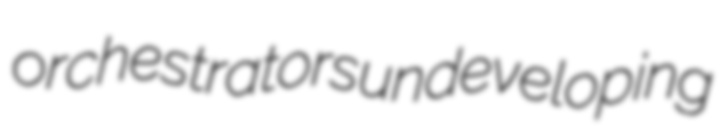
orchestrators undeveloping